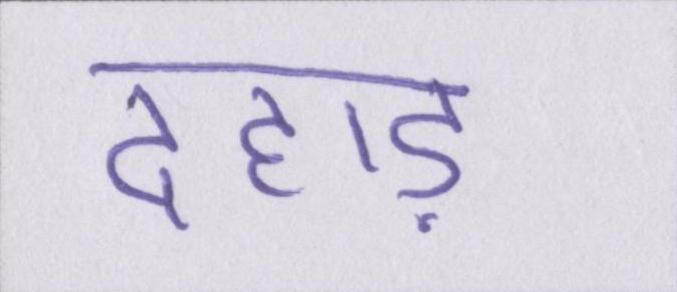
दहाड़